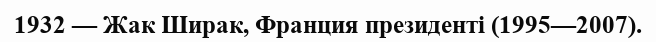
1932 — Жак Ширак, Франция президенті (1995—2007).